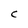
Character: C